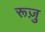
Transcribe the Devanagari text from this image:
रूज़ु